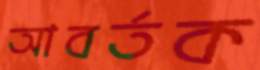
আবর্তক